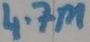
Text: 4.7M